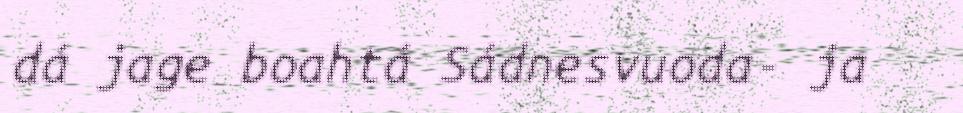
dá jage boahtá Sádnesvuoda- ja